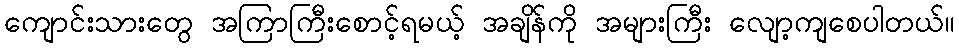
ကျောင်းသားတွေ အကြာကြီးစောင့်ရမယ့် အချိန်ကို အများကြီး လျော့ကျစေပါတယ်။